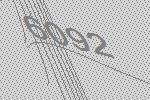
6092